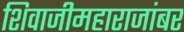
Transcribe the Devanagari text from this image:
शिवाजीमहाराजांबर